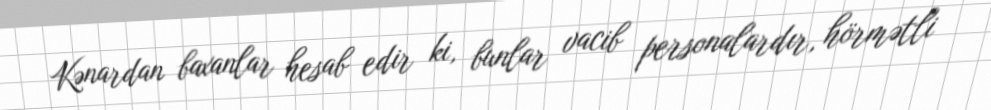
Kənardan baxanlar hesab edir ki, bunlar vacib personalardır, hörmətli